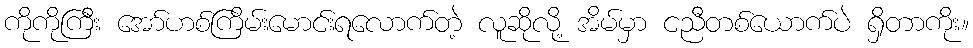
ကိုကိုကြီး အော်ဟစ်ကြိမ်းမောင်းရလောက်တဲ့ လူဆိုလို့ အိမ်မှာ ငညီတစ်ယောက်ပဲ ရှိတာကိုး။